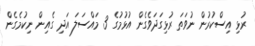
ރުޅި އިސްކުރުން ނުވަތަ ރުޅިގަދަވެގެން އުޅުމުގެ 3 މައްސަލަ އަދި ގެއިން ނިކުމެގެން